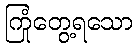
ကြုံတွေ့ရသော